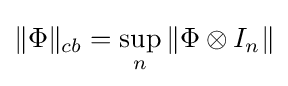
\|\Phi \|_{cb}=\sup _{n}\|\Phi \otimes I_{n}\|